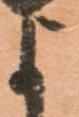
よ